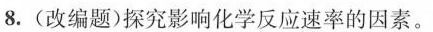
8.(改编题)探究影响化学反应速率的因素。